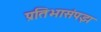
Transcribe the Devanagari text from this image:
प्रतिभासंपझ